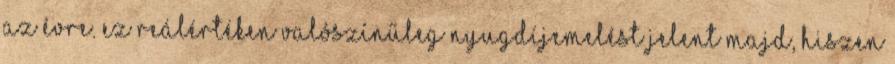
az évre. Ez reálértéken valószínűleg nyugdíjemelést jelent majd, hiszen